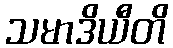
သမာဒိယီတိ